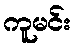
ကူမင်း